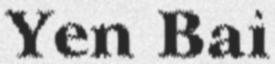
Yen Bai